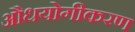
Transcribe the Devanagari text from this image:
औधयोगीकरण